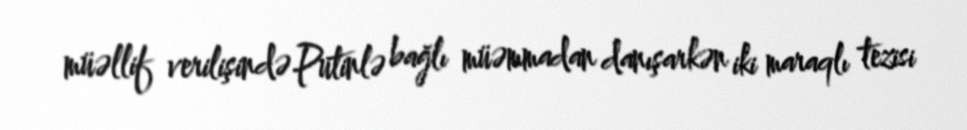
müəllif verilişində Putinlə bağlı müəmmadan danışarkən iki maraqlı tezisi